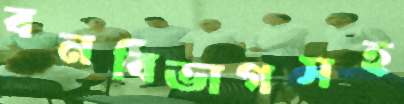
বনবিভাগসহ